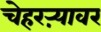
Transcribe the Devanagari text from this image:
चेहरऱ्यावर